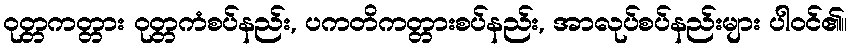
ဝုတ္တကတ္တား ဝုတ္တကံစပ်နည်း, ပကတိကတ္တားစပ်နည်း, အာလုပ်စပ်နည်းများ ပါဝင်၏။